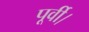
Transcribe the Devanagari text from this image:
पूर्वी।